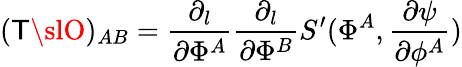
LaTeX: (\mathsf{T}{\slO})_{AB}={\frac{{\partial_{l}}}{{\partial\Phi^{A}}}}{\frac{{\partial_{l}}}{{\partial\Phi^{B}}}}S^{\prime}(\Phi^{A},{\frac{{\partial\psi}}{{\partial\phi^{A}}}})